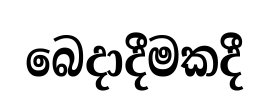
බෙදාදීමකදී